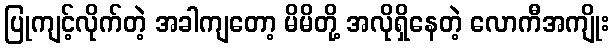
ပြုကျင့်လိုက်တဲ့ အခါကျတော့ မိမိတို့ အလိုရှိနေတဲ့ လောကီအကျိုး